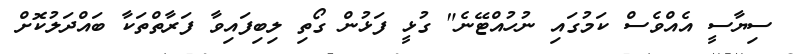
ސިޔާސީ އެއްވެސް ކަމުގައި ނުހުއްޓޭނެ" ގުޅީ ފަޅުން ގޯތި ލިބިފައިވާ ފަރާތްތަކާ ބައްދަލުކޮށް